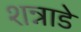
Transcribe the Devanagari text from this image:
शन्नाडे